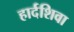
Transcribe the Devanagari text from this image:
हार्दशिवा